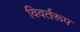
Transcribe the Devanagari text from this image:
विवर्तरूप